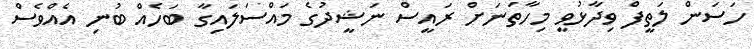
ހަސަން ލަތީފް ވިދާޅުވީ މިހާތަނަށް ރައީސް ނަޝީދުގެ މައްސަލައިގާ ބަހެއް ބުނި އެއްވެސް